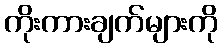
ကိုးကားချက်များကို